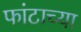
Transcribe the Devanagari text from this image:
फांटाच्या